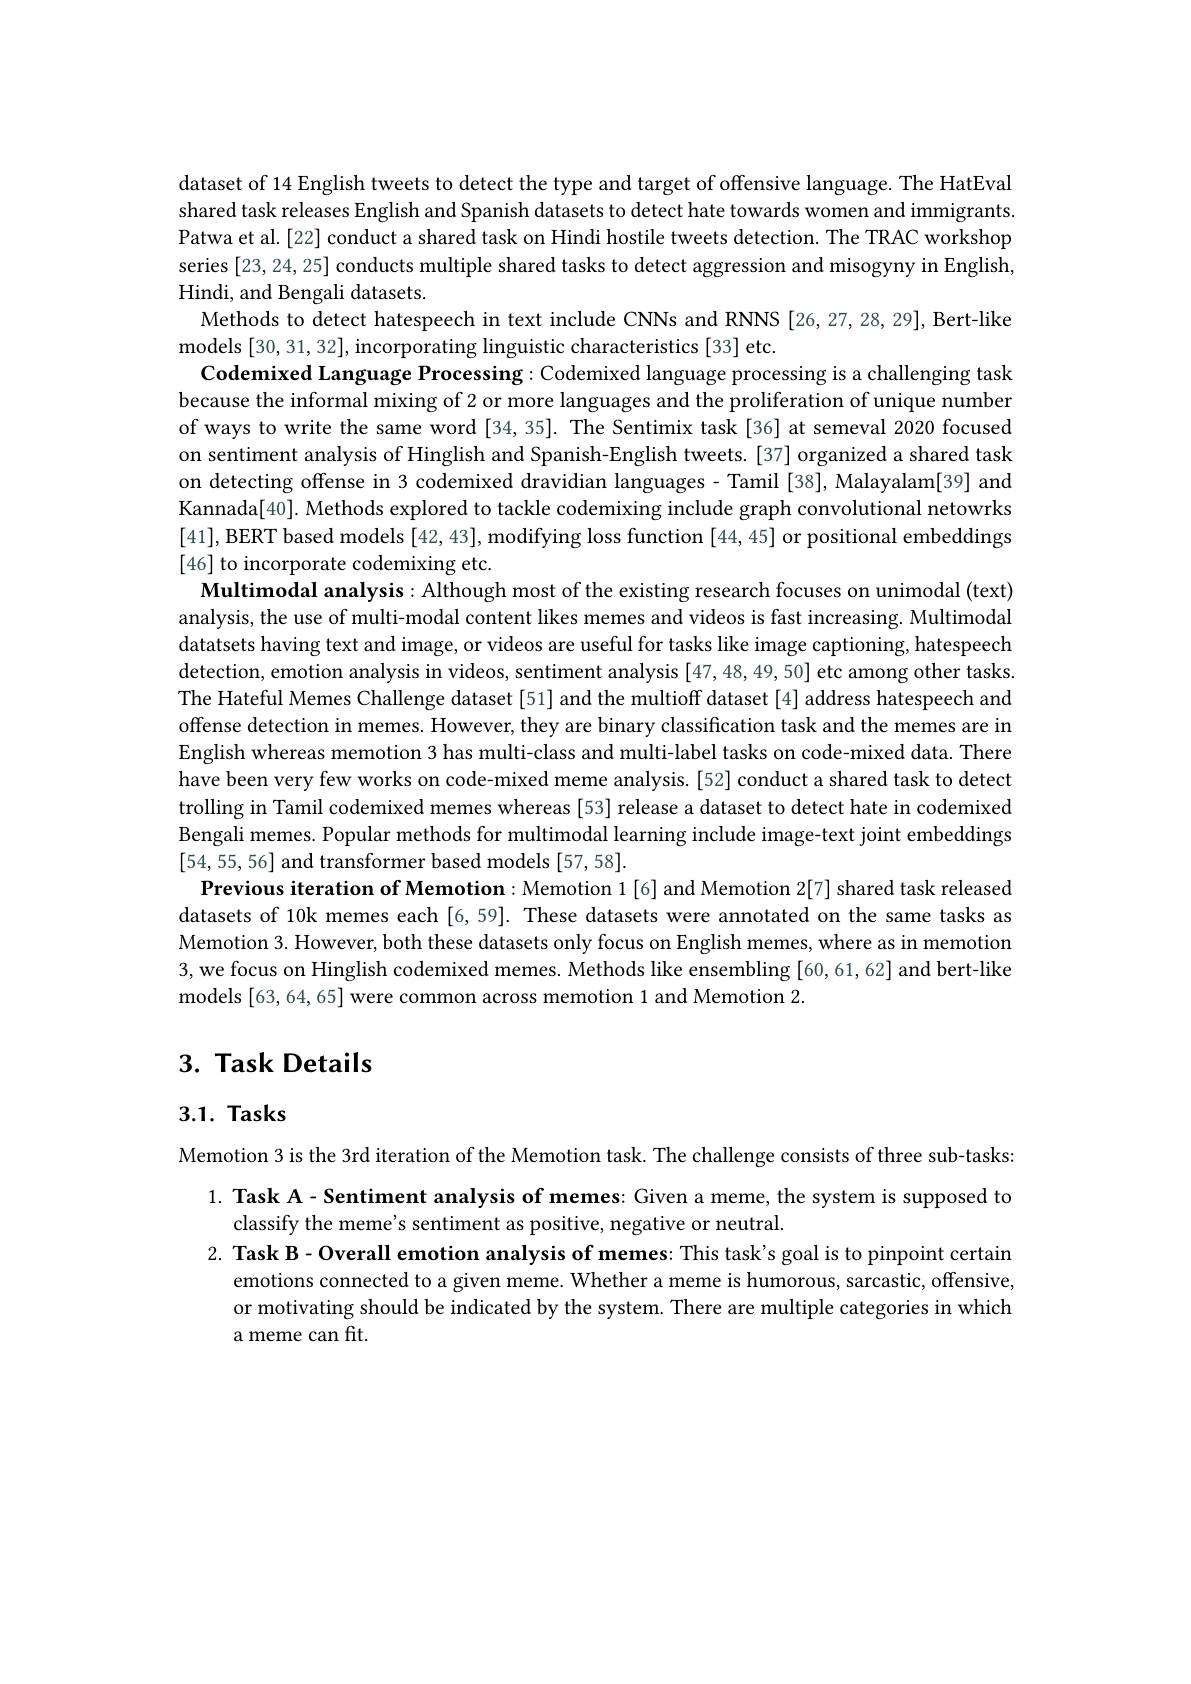
dataset of 14 English tweets to detect the type and target of offensive language. The HatEval shared task releases English and Spanish datasets to detect hate towards women and immigrants Patwa et al.[22] conduct a shared task on Hindi hostile tweets detection. The TRAC workshop series [23,24,25] conducts multiple shared tasks to detect aggression and misogyny in English, Hindi, and Bengali datasets.
Methods to detect hatespeech in text include CNNs and RNNS [26,27,28,29], Bert-like
models [30,31,32],incorporating linguistic characteristics [33] etc
Codemixed Language Processing: Codemixed language processing is a challenging task because the informal mixing of 2 or more languages and the proliferation of unique number of ways to write the same word [34, 35]. The Sentimix task [36] at semeval 2020 focused on sentiment analysis of Hinglish and Spanish-English tweets.[37] organized a shared task on detecting offense in 3 codemixed dravidian languages- Tamil [38], Malayalam[39] and Kannada[40]. Methods explored to tackle codemixing include graph convolutional netowrks [41], BERT based models [42, 43], modifying loss function [44, 45] or positional embeddings [46] to incorporate codemixing etc.
Multimodal analysis: Although most of the existing research focuses on unimodal (text) analysis, the use of multi-modal content likes memes and videos is fast increasing. Multimodal datatsets having text and image, or videos are useful for tasks like image captioning, hatespeech detection, emotion analysis in videos, sentiment analysis [ 47, 48, 49, 50] etc among other tasks The Hateful Memes Challenge dataset [51] and the multioff dataset [4] address hatespeech and offense detection in memes. However, they are binary classification task and the memes are in English whereas memotion 3 has multi-class and multi-label tasks on code-mixed data. There have been very few works on code-mixed meme analysis. [52] conduct a shared task to detect trolling in Tamil codemixed memes whereas [53] release a dataset to detect hate in codemixed Bengali memes. Popular methods for multimodal learning include image-text joint embeddings [54,55,56] and transformer based models [57,58]
Previous iteration of Memotion: Memotion 1 [6] and Memotion 2[7] shared task released datasets of 10k memes each [6,59]. These datasets were annotated on the same tasks as Memotion 3. However, both these datasets only focus on English memes, where as in memotion 3,we focus on Hinglish codemixed memes. Methods like ensembling [60,61,62] and bert-like models [63,64,65] were common across memotion 1 and Memotion 2.

# 3. Task Details

3.1. Tasks

Memotion 3 is the 3rd iteration of the Memotion task. The challenge consists of three sub-tasks
1. Task A - Sentiment analysis of memes: Given a meme, the system is supposed to
classify the meme's sentiment as positive, negative or neutral.
2. Task B- Overall emotion analysis of memes: This task's goal is to pinpoint certain
emotions connected to a given meme. Whether a meme is humorous, sarcastic, offensive or motivating should be indicated by the system. There are multiple categories in which a meme can fit.